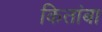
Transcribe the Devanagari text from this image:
कितांबा